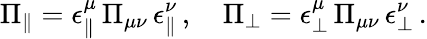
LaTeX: \Pi_{\| }=\epsilon_{\| }^{\mu}\, \Pi_{\mu\nu}\, \epsilon_{\| }^{\nu}\, ,\quad\Pi_{\bot}=\epsilon_{\bot}^{\mu}\, \Pi_{\mu\nu}\, \epsilon_{\bot}^{\nu}\, .